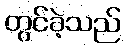
တွင်ခဲ့သည်